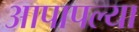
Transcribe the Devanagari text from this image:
आपापल्‍या